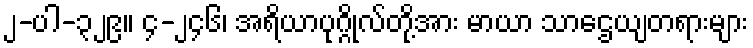
၂-ပါ-၃၂၉။ ၄-၂၄၆၊ အရိယာပုဂ္ဂိုလ်တို့အား မာယာ သာဌေယျတရားများ